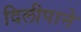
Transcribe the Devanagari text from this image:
दिलीपाने